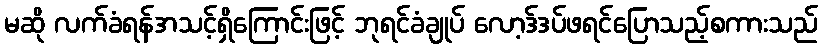
မဆို လက်ခံရန်အသင့်ရှိကြောင်းဖြင့် ဘုရင်ခံချုပ် လော့ဒ်ဒပ်ဖရင်ပြောသည့်စကားသည်